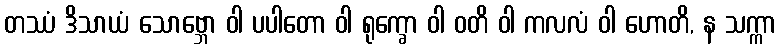
တဿံ ဒိသာယံ သောဗ္ဘော ဝါ ပပါတော ဝါ ရုက္ခော ဝါ ဝတိ ဝါ ကလလံ ဝါ ဟောတိ, န သက္ကာ